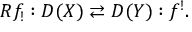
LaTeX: R f _ { ! } : D ( X ) \rightleftarrows D ( Y ) : f ^ { ! } .